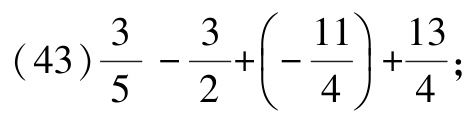
\((43)\frac{3}{5} - \frac{3}{2}+\left(- \frac{11}{4}\right) +\frac{13}{4}\);